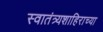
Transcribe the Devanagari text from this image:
स्वातंत्र्यशाहिराच्या